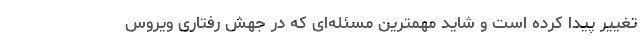
تغییر پیدا کرده است و شاید مهمترین مسئله‌ای که در جهش رفتاری ویروس